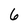
Character: 6